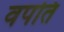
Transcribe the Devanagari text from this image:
वपति